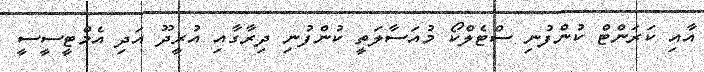
އާއި ކަރަންޓް ކުންފުނި ސްޓެލްކޯ މުއަސާލަތީ ކުންފުނި ދިރާގާއި އުރީދޫ އަދި އެމްޓީސީސީ